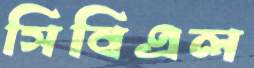
সিবিএল